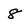
Character: 8